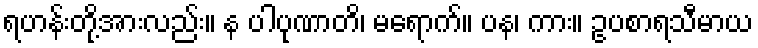
ရဟန်းတို့အားလည်း။ န ပါပုဏာတိ၊ မရောက်။ ပန၊ ကား။ ဥပစာရသီမာယ